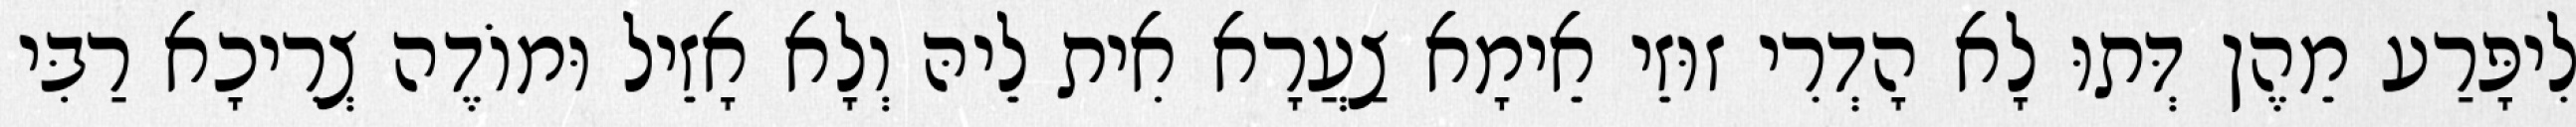
לִיפָּרַע מֵהֶן דְּתוּ לָא הָדְרִי זוּזֵי אֵימָא צַעֲרָא אִית לֵיהּ וְלָא אָזֵיל וּמוֹדֶה צְרִיכָא רַבִּי